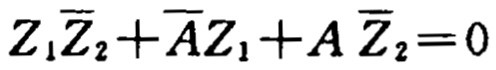
$Z_{1}\overline{Z}_{2}+\overline{A}Z_{1}+A\overline{Z}_{2}=0$